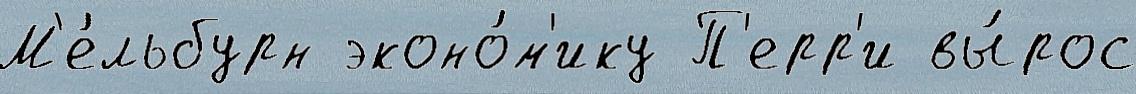
М'е́льбурн эконо́м'ику П'ерр'и вы́рос